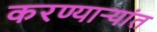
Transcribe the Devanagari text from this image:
करण्यार्‍यांत